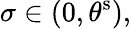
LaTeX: \sigma\in(0,\theta^{\mathrm{s}}),